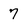
Character: 7